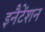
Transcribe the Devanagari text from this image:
इनैटेंशन